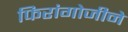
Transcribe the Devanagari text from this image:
फिरांगोजीने